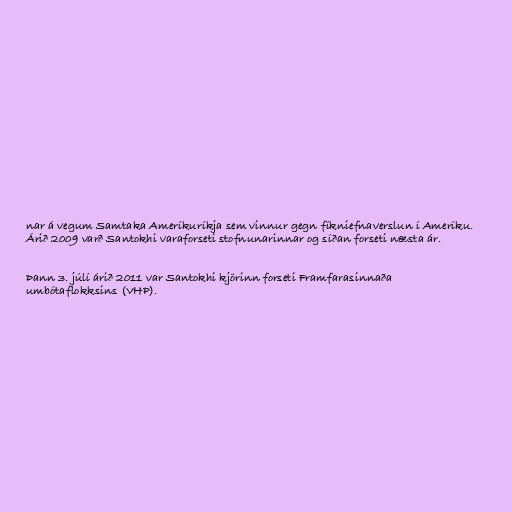
nar á vegum Samtaka Ameríkuríkja sem vinnur gegn fíkniefnaverslun í Ameríku.
Árið 2009 varð Santokhi varaforseti stofnunarinnar og síðan forseti næsta ár.

Þann 3. júlí árið 2011 var Santokhi kjörinn forseti Framfarasinnaða
umbótaflokksins (VHP).